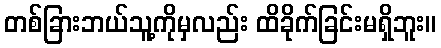
တစ်ခြားဘယ်သူ့ကိုမှလည်း ထိခိုက်ခြင်းမရှိဘူး။